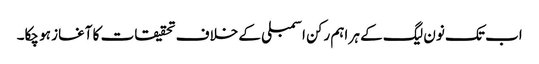
اب تک نون لیگ کے ہر اہم رکن اسمبلی کے خلاف تحقیقات کا آغاز ہو چکا۔